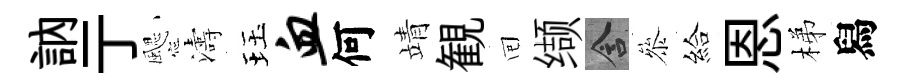
訥亍颸濤珏血何靖観囘缬含叅給恩梯舄